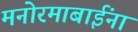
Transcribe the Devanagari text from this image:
मनोरमाबाईंना